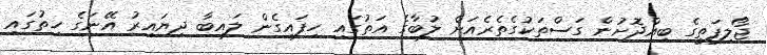
ޖޯލިފަތީގެ ބިއްދޮށުން ގަސްތަކުގެތެރެއަށް ލުބާގެ އަތުގައި ހިފައިގެން ލައިބާ ދިޔައިރު އޭނަގެ ހިތުގައި